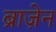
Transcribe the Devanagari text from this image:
ब्राज़ेन